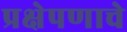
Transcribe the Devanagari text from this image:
प्रक्षेपणाचे